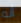
أنه